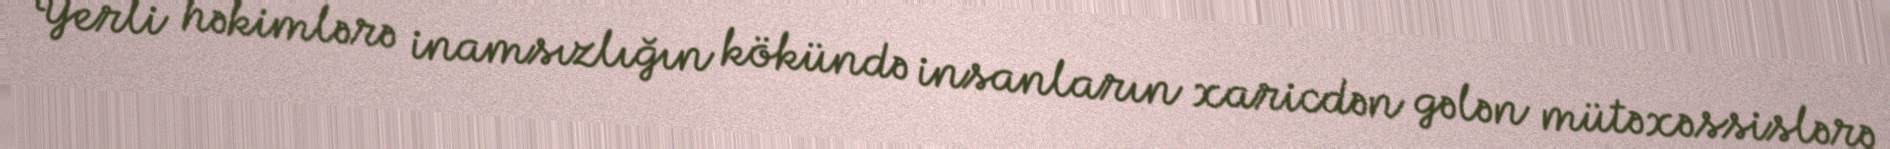
Yerli həkimlərə inamsızlığın kökündə insanların xaricdən gələn mütəxəssislərə